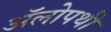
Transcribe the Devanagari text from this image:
अॅलोपथी